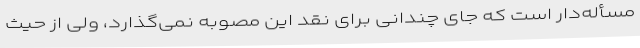
مسأله‌دار است که جای چندانی برای نقد این مصوبه نمی‌گذارد، ولی از حیث